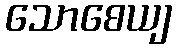
သောစေယျ